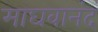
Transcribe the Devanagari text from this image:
माघवानंद